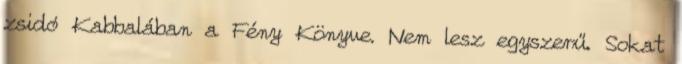
zsidó Kab­ba­lában a Fény Könyve. Nem lesz egyszerű. Sokat